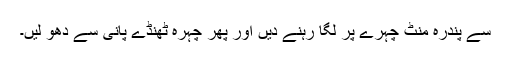
سے پندرہ منٹ چہرے پر لگا رہنے دیں اور پھر چہرہ ٹھنڈے پانی سے دھو لیں۔